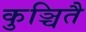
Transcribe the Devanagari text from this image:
कुञ्चितै